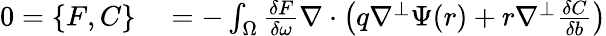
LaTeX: \begin{array}{rl}{0=\{ F,C\} }&{{}=-\int_{\Omega}\frac{\delta F}{\delta\omega}\nabla\cdot\left(q\nabla^{\perp}\Psi(r)+r\nabla^{\perp}\frac{\delta C}{\delta b}\right)}\end{array}